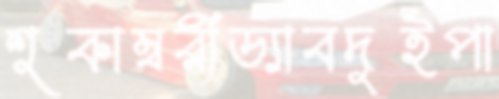
শুকাম্বরীড্যাবদুইপা